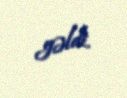
gəldi.